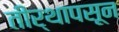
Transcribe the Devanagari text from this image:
तीर्थापसून